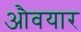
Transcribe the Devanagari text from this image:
औवयार